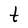
Character: t